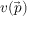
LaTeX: v ( { \vec { p } } )